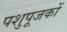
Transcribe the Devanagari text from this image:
पशुपूजकों